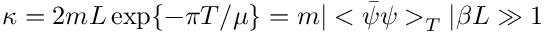
\kappa = 2 m L \exp \{ - \pi T / \mu \} = m | < \bar { \psi } \psi > _ { T } | \beta L \gg 1